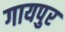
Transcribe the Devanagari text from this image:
गायपुर